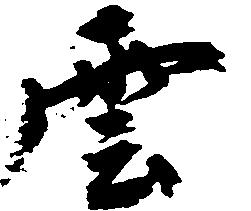
雲